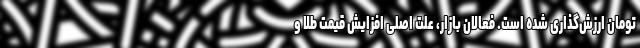
تومان ارزش‌گذاری شده است. فعالان بازار، علت اصلی افزایش قیمت طلا و